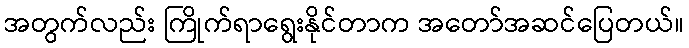
အတွက်လည်း ကြိုက်ရာရွေးနိုင်တာက အတော်အဆင်ပြေတယ်။